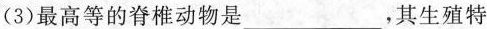
(3)最高等的脊椎动物是___，其生殖特